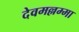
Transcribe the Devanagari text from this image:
देवमल्लम्मा